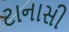
ટાનાસી